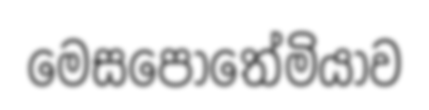
මෙසපොතේමියාව